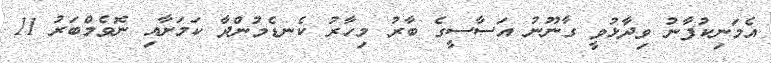
އެމަނިކުފާނު ވިދާޅުވީ ގާނޫނު އަސާސީގެ ބާރު މިހާރު ކެނޑެމުންދާ ކަމަށާއި ނޮވެމްބަރު 11